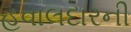
હવાલદારની